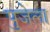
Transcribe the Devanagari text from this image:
पुजेला